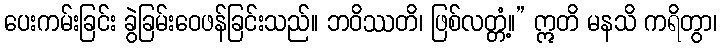
ပေးကမ်းခြင်း ခွဲခြမ်းဝေဖန်ခြင်းသည်။ ဘဝိဿတိ၊ ဖြစ်လတ္တံ့။” ဣတိ မနသိ ကရိတွာ၊